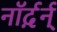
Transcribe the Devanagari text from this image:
नॉर्द़र्न्